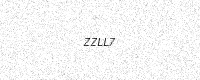
Text: ZZLL7